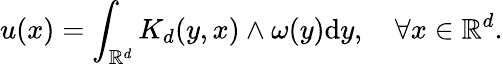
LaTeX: u(x)=\int_{\mathbb{R}^{d}}K_{d}(y,x)\wedge\omega(y)\mathrm{d}y,\quad\forall x\in\mathbb{R}^{d}.